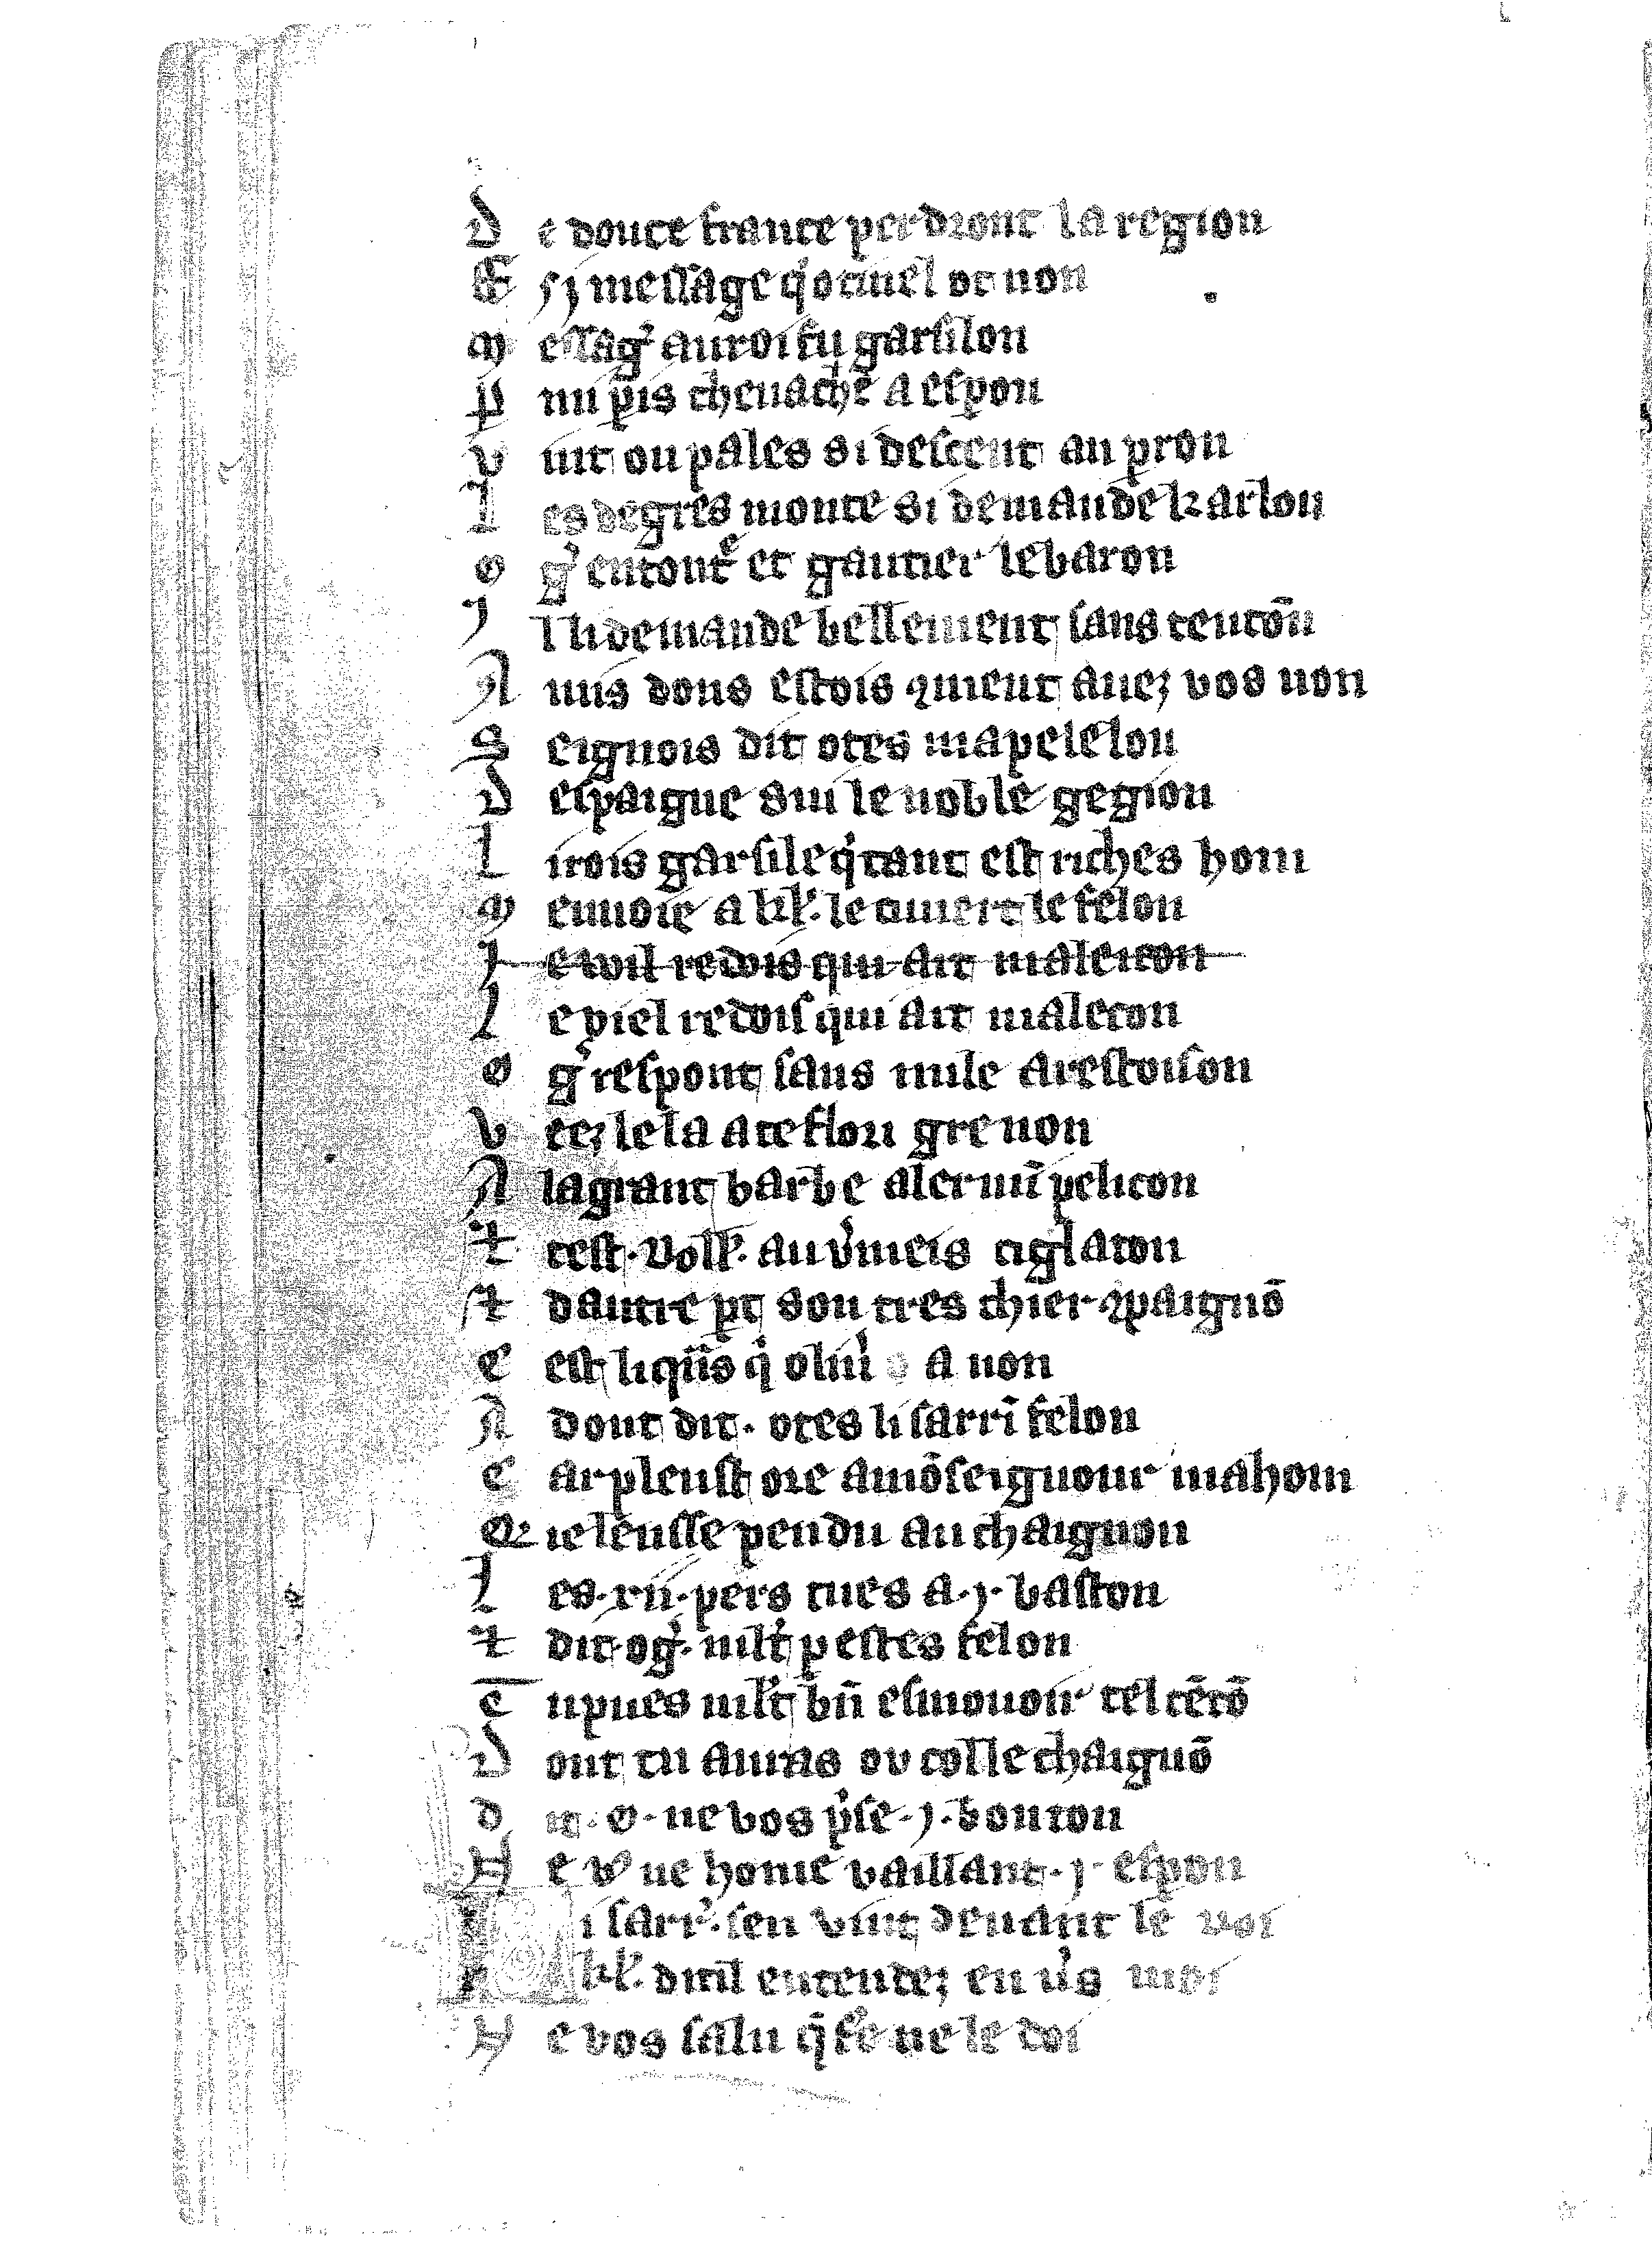
Shelfmark: Vatican, Biblioteca apostolica vaticana, Reg.lat. 1616
Century: 14